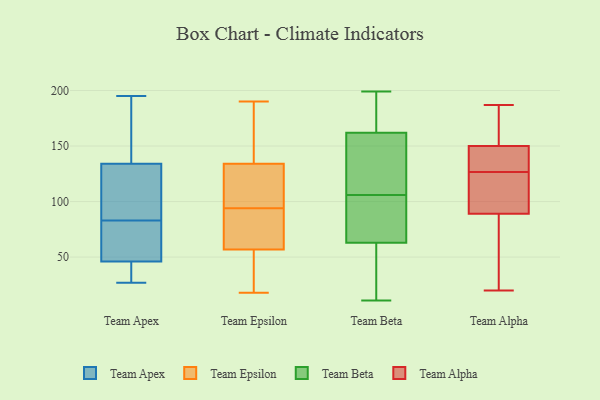
{"axis": {"x": "Demand Index", "y": "Value"}, "legend": ["Team Alpha", "Team Apex", "Team Beta", "Team Epsilon"], "data": [{"x": "", "y": 117, "type": "Team Apex"}, {"x": "", "y": 140, "type": "Team Apex"}, {"x": "", "y": 195, "type": "Team Apex"}, {"x": "", "y": 35, "type": "Team Apex"}, {"x": "", "y": 43, "type": "Team Apex"}, {"x": "", "y": 132, "type": "Team Apex"}, {"x": "", "y": 83, "type": "Team Apex"}, {"x": "", "y": 91, "type": "Team Apex"}, {"x": "", "y": 68, "type": "Team Apex"}, {"x": "", "y": 183, "type": "Team Apex"}, {"x": "", "y": 27, "type": "Team Apex"}, {"x": "", "y": 47, "type": "Team Apex"}, {"x": "", "y": 66, "type": "Team Apex"}, {"x": "", "y": 136, "type": "Team Epsilon"}, {"x": "", "y": 74, "type": "Team Epsilon"}, {"x": "", "y": 94, "type": "Team Epsilon"}, {"x": "", "y": 82, "type": "Team Epsilon"}, {"x": "", "y": 100, "type": "Team Epsilon"}, {"x": "", "y": 47, "type": "Team Epsilon"}, {"x": "", "y": 18, "type": "Team Epsilon"}, {"x": "", "y": 190, "type": "Team Epsilon"}, {"x": "", "y": 51, "type": "Team Epsilon"}, {"x": "", "y": 93, "type": "Team Epsilon"}, {"x": "", "y": 151, "type": "Team Epsilon"}, {"x": "", "y": 178, "type": "Team Epsilon"}, {"x": "", "y": 18, "type": "Team Epsilon"}, {"x": "", "y": 128, "type": "Team Epsilon"}, {"x": "", "y": 128, "type": "Team Epsilon"}, {"x": "", "y": 34, "type": "Team Beta"}, {"x": "", "y": 162, "type": "Team Beta"}, {"x": "", "y": 63, "type": "Team Beta"}, {"x": "", "y": 198, "type": "Team Beta"}, {"x": "", "y": 65, "type": "Team Beta"}, {"x": "", "y": 174, "type": "Team Beta"}, {"x": "", "y": 199, "type": "Team Beta"}, {"x": "", "y": 93, "type": "Team Beta"}, {"x": "", "y": 118, "type": "Team Beta"}, {"x": "", "y": 93, "type": "Team Beta"}, {"x": "", "y": 94, "type": "Team Beta"}, {"x": "", "y": 118, "type": "Team Beta"}, {"x": "", "y": 197, "type": "Team Beta"}, {"x": "", "y": 161, "type": "Team Beta"}, {"x": "", "y": 54, "type": "Team Beta"}, {"x": "", "y": 11, "type": "Team Beta"}, {"x": "", "y": 133, "type": "Team Beta"}, {"x": "", "y": 21, "type": "Team Beta"}, {"x": "", "y": 148, "type": "Team Alpha"}, {"x": "", "y": 152, "type": "Team Alpha"}, {"x": "", "y": 132, "type": "Team Alpha"}, {"x": "", "y": 126, "type": "Team Alpha"}, {"x": "", "y": 94, "type": "Team Alpha"}, {"x": "", "y": 137, "type": "Team Alpha"}, {"x": "", "y": 25, "type": "Team Alpha"}, {"x": "", "y": 104, "type": "Team Alpha"}, {"x": "", "y": 114, "type": "Team Alpha"}, {"x": "", "y": 84, "type": "Team Alpha"}, {"x": "", "y": 187, "type": "Team Alpha"}, {"x": "", "y": 163, "type": "Team Alpha"}, {"x": "", "y": 20, "type": "Team Alpha"}, {"x": "", "y": 22, "type": "Team Alpha"}, {"x": "", "y": 127, "type": "Team Alpha"}, {"x": "", "y": 162, "type": "Team Alpha"}]}